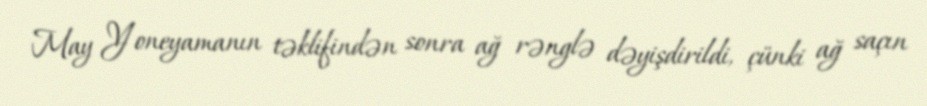
May Yoneyamanın təklifindən sonra ağ rənglə dəyişdirildi, çünki ağ saçın